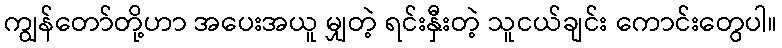
ကျွန်တော်တို့ဟာ အပေးအယူ မျှတဲ့ ရင်းနှီးတဲ့ သူငယ်ချင်း ကောင်းတွေပါ။